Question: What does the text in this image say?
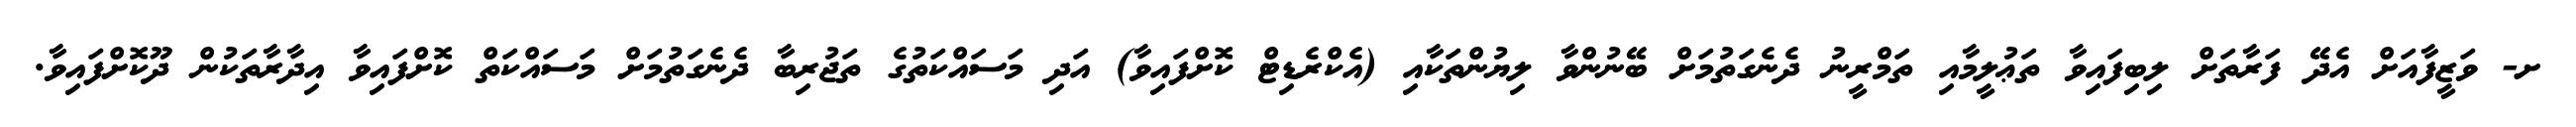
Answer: ށ- ވަޒީފާއަށް އެދޭ ފަރާތަށް ލިބިފައިވާ ތަޢުލީމާއި ތަމްރީނު ދެނެގަތުމަށް ބޭނުންވާ ލިޔުންތަކާއި (އެކްރެޑިޓް ކޮށްފައިވާ) އަދި މަސައްކަތުގެ ތަޖުރިބާ ދެނެގަތުމަށް މަސައްކަތް ކޮށްފައިވާ އިދާރާތަކުން ދޫކޮށްފައިވާ.